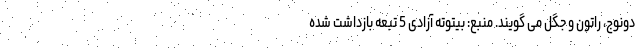
دونوج،‌ راتون و جگل می گویند. منبع: بیتوته آزادی 5 تبعه بازداشت شده